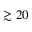
\gtrsim 2 0